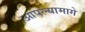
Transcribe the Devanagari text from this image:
आपल्यामागे